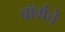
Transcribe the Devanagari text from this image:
बॉर्गचे